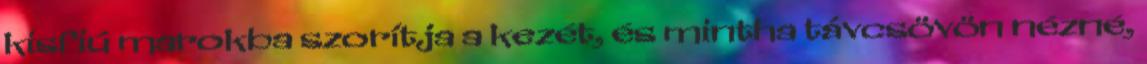
kisfiú marokba szorítja a kezét, és mintha távcsövön nézné,